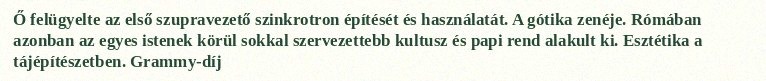
Ő felügyelte az első szupravezető szinkrotron építését és használatát. A gótika zenéje. Rómában azonban az egyes istenek körül sokkal szervezettebb kultusz és papi rend alakult ki. Esztétika a tájépítészetben. Grammy-díj